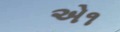
એ૧